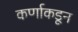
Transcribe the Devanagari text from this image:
कर्णाकडून